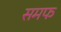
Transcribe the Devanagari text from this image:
समफ